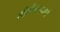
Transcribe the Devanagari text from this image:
शीर्षकनावाचे